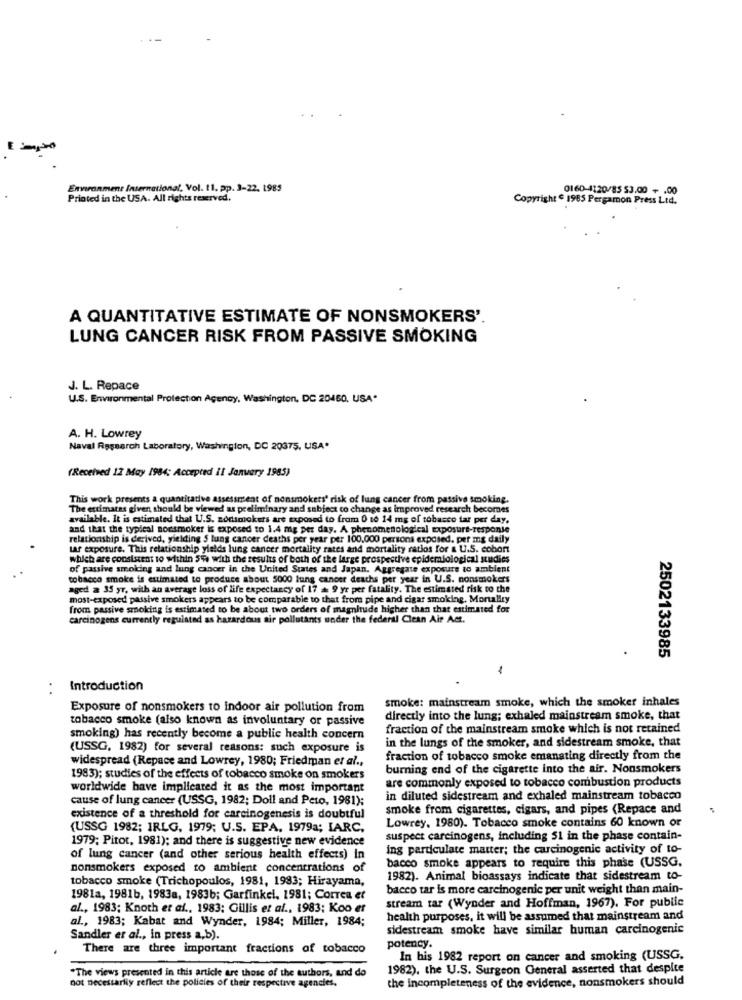
Environment International, Vol. 11. pp. 3-22. 1985
0160-4120/85 53.00 + .00
Printed in the USA. All rights reserved.
Copyright € 1985 Pergamon Press Ltd.
A QUANTITATIVE ESTIMATE OF NONSMOKERS'.
LUNG CANCER RISK FROM PASSIVE SMOKING
J. L. Repace
U.S. Environmental Protection Agency, Washington, DC 20460, USA.
A. H. Lowrey
Naval Research Laboratory, Washington, DC 20375, USA.
(Received 12 May 1984; Accepted il January 1985)
This work presents a quantitative assessment of nonsmokers' risk of lung cancer from passive smoking.
The estimates given should be viewed as preliminary and subject to change as improved research becomes
available. It is estimated that U.S. nonsmokers are exposed to from 0 to 14 mg of tobacco tar per day,
and that the typical nonsmoker is exposed to 1.4 mg per day. A phenomenological exposure-response
relationship is derived, yielding 5 lung cancer deaths per year per 100.000 persons exposed, per mg daily
tar exposure. This relationship yields lung cancer mortality rates and mortality ratlos for & U.S. cobont
which are consistent to within 55% with the results of both of the large prospective epidemiological studies
of passive smoking and lung cancer in the United States and Japan. Aggregate exposure to ambient
tobacco smoke is estimated to produce about 5000 lung cancer deaths per year in U.S. nonsmokers
aged a 35 yr, with an average loss of life expectancy of 17 = 9 yr per fatality. The estimated risk to the
most-exposed passive smokers appears to be comparable to that from pipe and cigar smoking, Mortaliry
from passive smoking is estimated to be about two orders of magnitude higher than that estimated for
carcinogens currently regulated as hazardous air pollutants under the federal Clean Air Act.
2502133985
-
Introduction
smoke: mainstream smoke, which the smoker inhales
Exposure of nonsmokers to indoor air pollution from
tobacco smoke (also known as involuntary or passive
directly into the lung; exhaled mainstream smoke, that
fraction of the mainstream smoke which is not retained
smoking) has recently become a public health concern
in the lungs of the smoker, and sidestream smoke, that
(USSG, 1982) for several reasons: such exposure is
widespread (Repace and Lowrey, 1980; Friedman et al .,
fraction of tobacco smoke emanating directly from the
burning end of the cigarette into the air. Nonsmokers
1983); studies of the effects of tobacco smoke on smokers
are commonly exposed to tobacco combustion products
worldwide have implicated it as the most important
cause of lung cancer (USSG, 1982; Doll and Peto, 1981):
in diluted sidestream and exhaled mainstream tobacco
smoke from cigarettes, cigars, and pipes (Repace and
existence of a threshold for carcinogenesis is doubtful
Lowrey, 1980). Tobacco smoke contains 60 known or
(USSG 1982; IRLG, 1979; U.S. EPA. 1979a; IARC.
1979; Pitot, 1981); and there is suggestive new evidence
suspect carcinogens, including 51 in the phase contain-
ing particulate matter; the carcinogenic activity of to-
of lung cancer (and other serious health effects) in
bacco smoke appears to require this phase (USSG.
nonsmokers exposed to ambient concentrations of
tobacco smoke (Trichopoulos, 1981, 1993; Hirayama,
1982). Animal bioassays indicate that sidestream to-
bacco tar is more carcinogenic per unit weight than main-
1981a, 1981b, 1983a, 1983b; Garfinkel, 1981; Correa et
stream tar (Wynder and Hoffman, 1967). For public
al ., 1983; Knoth et al ., 1983: Gillis et al ., 1983; Koo er
al ., 1983; Kabat and Wynder, 1984; Miller, 1984;
health purposes, it will be assumed that mainstream and
sidestream smoke have similar human carcinogenic
Sandler er al ., in press a,b).
potency.
There are three important fractions of tobacco
In his 1982 report on cancer and smoking (USSG.
*The views presented in this article are those of the authors, and do
1982), the U.S. Surgeon General asserted that despite
the incompleteness of the evidence, nonsmokers should
not necessarily reflect the policies of their respective agencies.